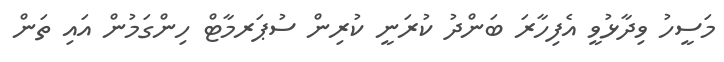
މަސީހު ވިދާޅުވީ އެފިހާރަ ބަންދު ކުރަނީ ކުރިން ސުޕަރމާޓް ހިންގަމުން އައި ތަން